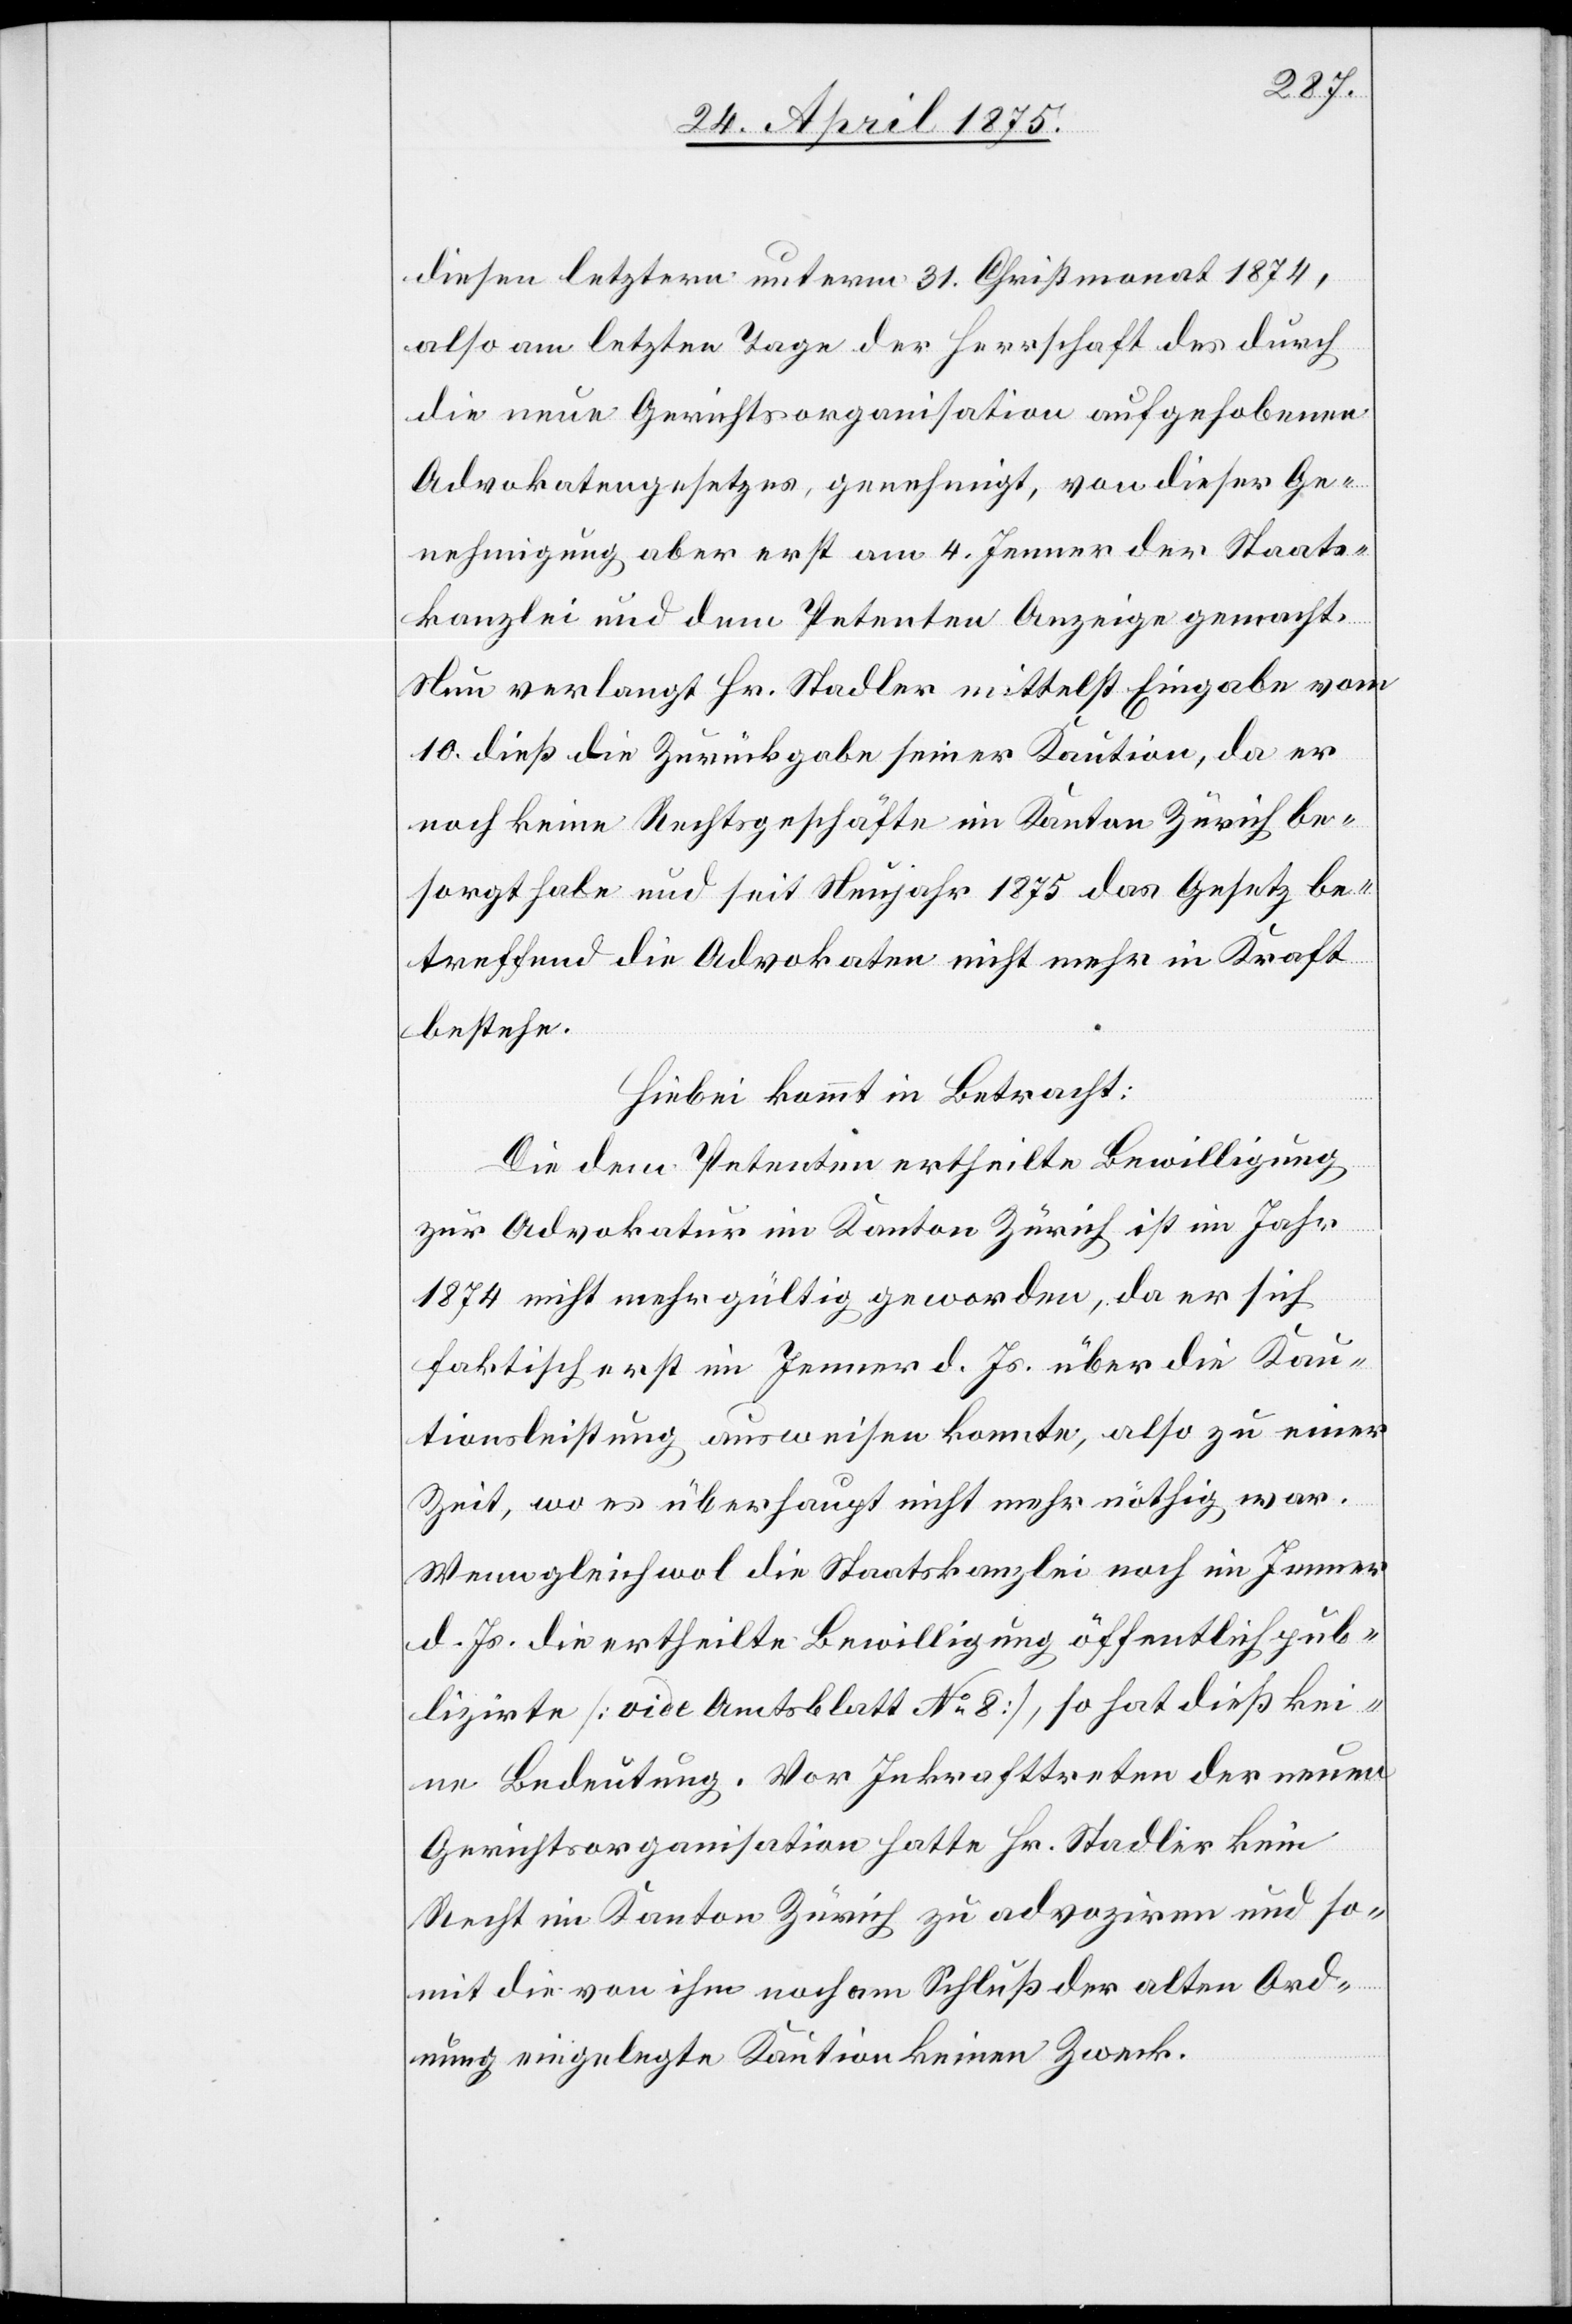
diesen letztern unterm 31. Christmonat 1874,
also am letzten Tage der Herrschaft des durch
die neue Gerichtsorganisation aufgehobenen
Advokatengesetzes, genehmigt, von dieser Ge¬
nehmigung aber erst am 4. Jenner der Staats¬
kanzlei und dem Petenten Anzeige gemacht.
Nun verlangt Hr. Stadler mittelst Eingabe vom
10. dieß die Zurückgabe seiner Kaution, da er
noch keine Rechtsgeschäfte im Kanton Zürich be¬
sorgt habe und seit Neujahr 1875 das Gesetz be¬
treffend die Advokaten nicht mehr in Kraft
bestehe.
Hiebei kommt in Betracht:
Die dem Petenten ertheilte Bewilligung
zur Advokatur im Kanton Zürich ist im Jahr
1874 nicht mehr gültig geworden, da er sich
faktisch erst im Jenner d. Js. über die Kau¬
tionsleistung ausweisen konnte, also zu einer
Zeit, wo es überhaupt nicht mehr nöthig war.
Wenngleich wol die Staatskanzlei nicht im Jenner
d. Js. die ertheilte Bewilligung öffentlich pub¬
lizirte [vide Amtsblatt No 8], so hat dieß kei¬
ne Bedeutung. Vor Inkrafttreten der neuen
Gerichtsorganisation hatte Hr. Stadler kein
Recht im Kanton Zürich zu advoziren und so¬
mit die von ihm noch am Schluß der alten Ord¬
nung eingelegte Kaution keinen Zweck.